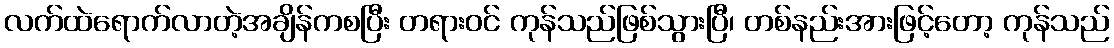
လက်ထဲရောက်လာတဲ့အချိန်ကစပြီး တရားဝင် ကုန်သည်ဖြစ်သွားပြီ၊ တစ်နည်းအားဖြင့်တော့ ကုန်သည်